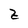
Character: Z